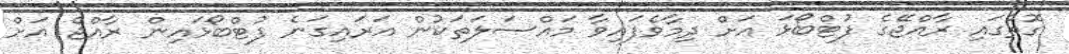
ގޮތުގައި ރާއްޖޭގެ ފުޓްބޯޅަ އަށް ދިމާވެފައިވާ މައްސަލަތަކުން އަރައިގަނެ ފުޓްބޯޅައިން ރާއްޖެ އަށް